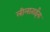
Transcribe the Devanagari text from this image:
लीलाताईंना